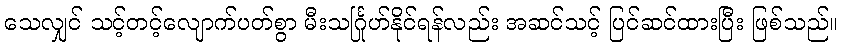
သေလျှင် သင့်တင့်လျောက်ပတ်စွာ မီးသင်္ဂြုဟ်နိုင်ရန်လည်း အဆင်သင့် ပြင်ဆင်ထားပြီး ဖြစ်သည်။